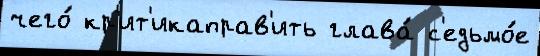
чего́ кр'ит'икаправ'ить глава́ с'едьмо́е